Indian journal of veterinary science and animal husbandry - Volume 6,
Year: 1936
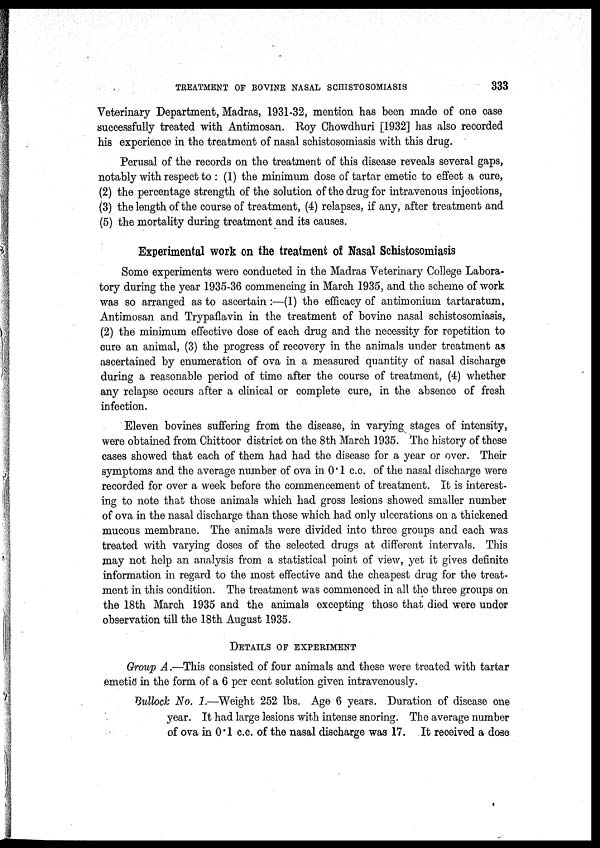
TREATMENT OF BOVINE NASAL SCHISTOSOMIASIS
333
Veterinary Department, Madras, 1931-32, mention has been made of one case
successfully treated with Antimosan. Roy Chowdhuri [1932] has also recorded
his experience in the treatment of nasal schistosomiasis with this drug.
Perusal of the records on the treatment of this disease reveals several gaps,
notably with respect to : (1) the minimum dose of tartar emetic to effect a cure,
(2) the percentage strength of the solution of the drug for intravenous injections,
(3) the length of the course of treatment, (4) relapses, if any, after treatment and
(5) the mortality during treatment and its causes.
Experimental work on the treatment of Nasal Schistosomiasis
Some experiments were conducted in the Madras Veterinary College Labora-
tory during the year 1935-36 commencing in March 1935, and the scheme of work
was so arranged as to ascertain :—(1) the efficacy of antimonium tartaratum,
Antimosan and Trypaflavin in the treatment of bovine nasal schistosomiasis,
(2) the minimum effective dose of each drug and the necessity for repetition to
cure an animal, (3) the progress of recovery in the animals under treatment as
ascertained by enumeration of ova in a measured quantity of nasal discharge
during a reasonable period of time after the course of treatment, (4) whether
any relapse occurs after a clinical or complete cure, in the absence of fresh
infection.
Eleven bovines suffering from the disease, in varying stages of intensity,
were obtained from Chittoor district on the 8th March 1935. The history of these
cases showed that each of them had had the disease for a year or over. Their
symptoms and the average number of ova in 0.1 c.c. of the nasal discharge were
recorded for over a week before the commencement of treatment. It is interest-
ing to note that those animals which had gross lesions showed smaller number
of ova in the nasal discharge than those which had only ulcerations on a thickened
mucous membrane. The animals were divided into three groups and each was
treated with varying doses of the selected drugs at different intervals. This
may not help an analysis from a statistical point of view, yet it gives definite
information in regard to the most effective and the cheapest drug for the treat-
ment in this condition. The treatment was commenced in all the three groups on
the 18th March 1935 and the animals excepting those that died were under
observation till the 18th August 1935.
DETAILS OF EXPERIMENT
Group A.—This consisted of four animals and these were treated with tartar
emetic in the form of a 6 per cent solution given intravenously.
Bullock No. 1.—Weight 252 lbs. Age 6 years. Duration of disease one
year. It had large lesions with intense snoring. The average number
of ova in 0.1 c.c. of the nasal discharge was 17. It received a dose